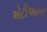
એટીએમથી